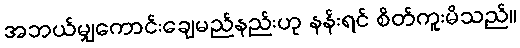
အဘယ်မျှကောင်းချေမည်နည်းဟု နန်းရင် စိတ်ကူးမိသည်။